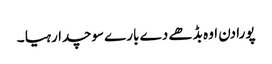
پورا دن اوہ بڈھے دے بارے سوچدا رہیا ۔